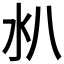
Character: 𣱺